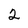
Character: 2